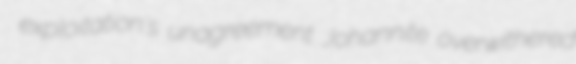
exploitation's unagreement Johannite overwithered